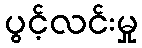
ပွင့်လင်းမှု